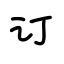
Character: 订